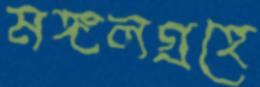
মঙ্গলগ্রহে